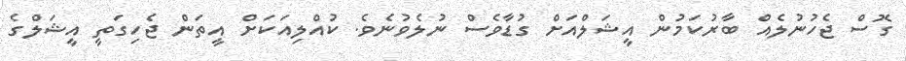
ގޮސް ޖެހުނުލެއް ބާރުކަމުން އީޝަލްއަށް ގުޑާވެސް ނުލެވުނެވެ. ކުއްލިއަކަށް އީތަން ޖެހިގަތީ އީޝަލްގެ